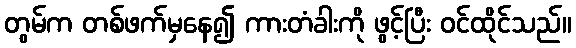
တွမ်က တစ်ဖက်မှနေ၍ ကားတံခါးကို ဖွင့်ပြီး ဝင်ထိုင်သည်။